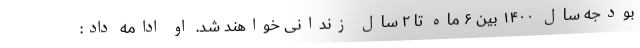
بودجه سال ۱۴۰۰ بین ۶ ماه تا ۲ سال زندانی خواهند شد. او ادامه داد: